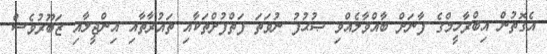
އެގޮތުން އިބްރާހީމްގެ ފާނަށް ބާއްވާލެއްވި ޞުޙުފު ނުވަތަ ފަތްފުށްތަކާއި ތައުރާތާއި އިންޖީލާއި ޒަބޫރުވެސް